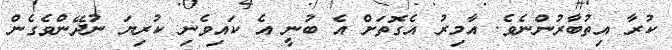
ކުރާ އިތުބާރުންނެވެ. އާމިރު އެގޮތަށް އެ ބުނީ އެ ކަައިވެނި ކުރިޔަ ނުދޭންވެގެން